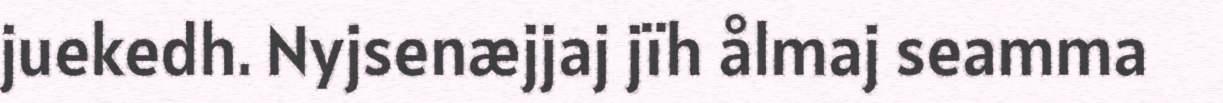
juekedh. Nyjsenæjjaj jïh ålmaj seamma